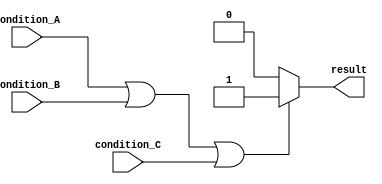
module if_else_statement_with_logical_OR (
    input wire condition_A,
    input wire condition_B,
    input wire condition_C,
    output reg result
);

always @* begin
    if (condition_A || condition_B || condition_C) begin
        // Execute corresponding behavior if any of the conditions are met
        result = 1;
    end else begin
        result = 0;
    end
end

endmodule